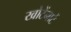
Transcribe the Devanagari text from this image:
खोटेंनाटें